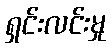
ရှင်းလင်းမှု